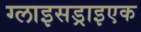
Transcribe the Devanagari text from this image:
ग्लाइसड्राइएक